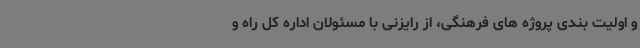
و اولیت بندی پروژه های فرهنگی، از رایزنی با مسئولان اداره کل راه و